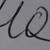
Signature authenticity: forged